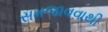
સમજાવવાથી